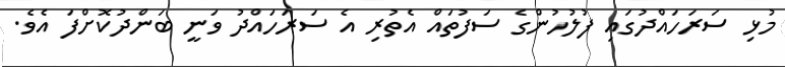
މުޅި ސަރަހައްދުގައި ފުލުހުންގެ ސަފުތައް އެތުރި އެ ސަރަހައްދު ވަނީ ބަންދުކޮށްފަ އެވެ.